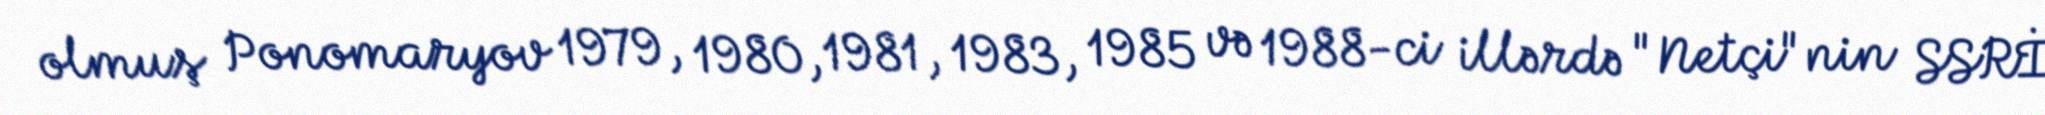
olmuş Ponomaryov 1979, 1980, 1981, 1983, 1985 və 1988-ci illərdə "Netçi"nin SSRİ